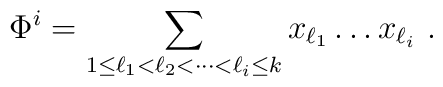
\Phi^i=\sum_{1\leq\ell_1 < \ell_2<\cdots<\ell_i\leq k}x_{\ell_1}\ldots x_{\ell_i}~.